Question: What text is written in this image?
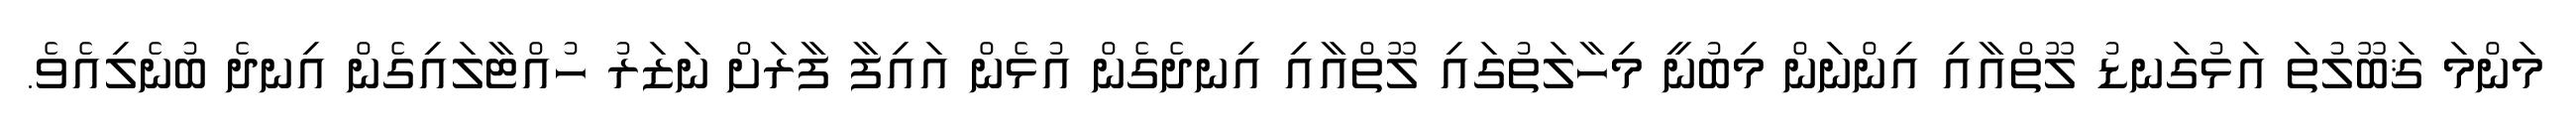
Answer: މަންމަ ޤަބޫލުތަ އަޅުގަނޑު ލޫތްއާއި އިންނަން މިބުނީ މިހާލަތުގައި ލޫތްއާއި އިނދެގެން އުޅެން އައިފާ ފާރަށް ނަޒަރު ހުއްޓާލައިގެން އިނދެ ބުނެލިއެވެ.